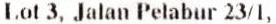
LOT 3, JALAN PELABUR 23/1,